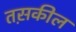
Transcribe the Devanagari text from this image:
तस़कील